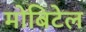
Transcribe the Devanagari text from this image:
मोबिटेल